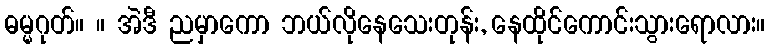
ဓမ္မဂုတ်။ ။ အဲဒီ ညမှာကော ဘယ်လိုနေသေးတုန်း, နေထိုင်ကောင်းသွားရောလား။